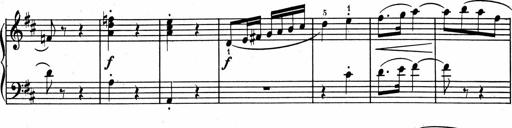
Title: 1Ã¨re Sonatine
Composer: FrÃ©dÃ©ric Binet